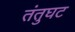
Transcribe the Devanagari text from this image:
तंतुघट